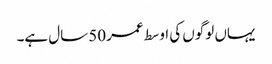
یہاں لوگوں کی اوسط عمر 50 سال ہے۔